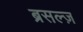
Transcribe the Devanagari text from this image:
ब्रसल्ज़